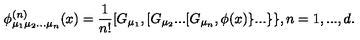
\phi _ { \mu _ { 1 } \mu _ { 2 } . . . \mu _ { n } } ^ { ( n ) } ( x ) = \frac { 1 } { n ! } [ G _ { \mu _ { 1 } } , [ G _ { \mu _ { 2 } } . . . [ G _ { \mu _ { n } } , \phi ( x ) \} . . . \} \} , n = 1 , . . . , d .